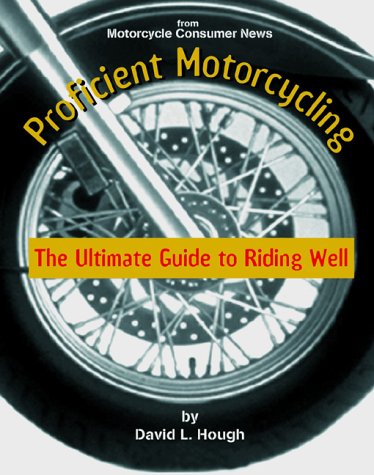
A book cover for Proficient Motorcycling: The Ultimate Guide to Riding Well; David L. Hough; Engineering & Transportation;